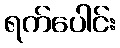
ရက်ပေါင်း